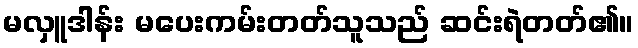
မလှူဒါန်း မပေးကမ်းတတ်သူသည် ဆင်းရဲတတ်၏။